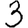
Digit: 3